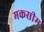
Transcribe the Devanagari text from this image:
मकसीम